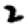
Digit: 2